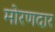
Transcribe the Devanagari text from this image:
मोरणदार